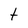
Character: t